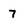
Character: 7